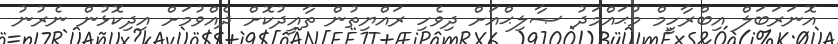
އޮނަރަބަލް އިބްރާހީމް މުޙައްމަދު ޞާލިޙްއަށް ދިވެހި ރައްޔިތުން ތާއީދުކޮށް ދެއްވުމަށް އިދިކޮޅުން ނެރުނު